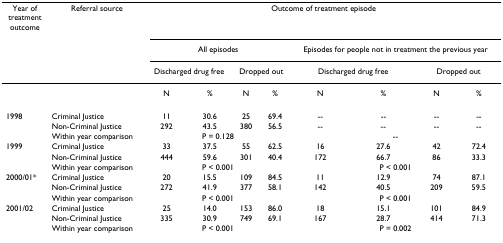
<table><thead><tr><td><b>Year of treatment outcome</b></td><td><b>Referral source</b></td><td colspan="8"><b>Outcome of treatment episode</b></td></tr><tr><td>[EMPTY_CELL]</td><td>[EMPTY_CELL]</td><td colspan="4"><b>All episodes</b></td><td colspan="4"><b>Episodes for people not in treatment the previous year</b></td></tr><tr><td>[EMPTY_CELL]</td><td>[EMPTY_CELL]</td><td colspan="2"><b>Discharged drug free</b></td><td colspan="2"><b>Dropped out</b></td><td colspan="2"><b>Discharged drug free</b></td><td colspan="2"><b>Dropped out</b></td></tr></thead><tbody><tr><td>[EMPTY_CELL]</td><td>[EMPTY_CELL]</td><td>N</td><td>%</td><td>N</td><td>%</td><td>N</td><td>%</td><td>N</td><td>%</td></tr><tr><td>1998</td><td>Criminal Justice</td><td>11</td><td>30.6</td><td>25</td><td>69.4</td><td>--</td><td>--</td><td>--</td><td>--</td></tr><tr><td>[EMPTY_CELL]</td><td>Non-Criminal Justice</td><td>292</td><td>43.5</td><td>380</td><td>56.5</td><td>--</td><td>--</td><td>--</td><td>--</td></tr><tr><td>[EMPTY_CELL]</td><td>Within year comparison</td><td colspan="4">P = 0.128</td><td colspan="4">--</td></tr><tr><td>1999</td><td>Criminal Justice</td><td>33</td><td>37.5</td><td>55</td><td>62.5</td><td>16</td><td>27.6</td><td>42</td><td>72.4</td></tr><tr><td>[EMPTY_CELL]</td><td>Non-Criminal Justice</td><td>444</td><td>59.6</td><td>301</td><td>40.4</td><td>172</td><td>66.7</td><td>86</td><td>33.3</td></tr><tr><td>[EMPTY_CELL]</td><td>Within year comparison</td><td colspan="4">P &lt; 0.001</td><td colspan="4">P &lt; 0.001</td></tr><tr><td>2000/01*</td><td>Criminal Justice</td><td>20</td><td>15.5</td><td>109</td><td>84.5</td><td>11</td><td>12.9</td><td>74</td><td>87.1</td></tr><tr><td>[EMPTY_CELL]</td><td>Non-Criminal Justice</td><td>272</td><td>41.9</td><td>377</td><td>58.1</td><td>142</td><td>40.5</td><td>209</td><td>59.5</td></tr><tr><td>[EMPTY_CELL]</td><td>Within year comparison</td><td colspan="4">P &lt; 0.001</td><td colspan="4">P &lt; 0.001</td></tr><tr><td>2001/02</td><td>Criminal Justice</td><td>25</td><td>14.0</td><td>153</td><td>86.0</td><td>18</td><td>15.1</td><td>101</td><td>84.9</td></tr><tr><td>[EMPTY_CELL]</td><td>Non-Criminal Justice</td><td>335</td><td>30.9</td><td>749</td><td>69.1</td><td>167</td><td>28.7</td><td>414</td><td>71.3</td></tr><tr><td>[EMPTY_CELL]</td><td>Within year comparison</td><td colspan="4">P &lt; 0.001</td><td colspan="4">P = 0.002</td></tr></tbody></table>